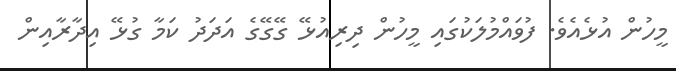
މީހުން އުޅެއެވެ. ފުވައްމުލަކުގައި މީހުން ދިރިއުޅޭ ގޭގޭގެ އަދަދު ކަމާ ގުޅޭ އިދާރާއިން